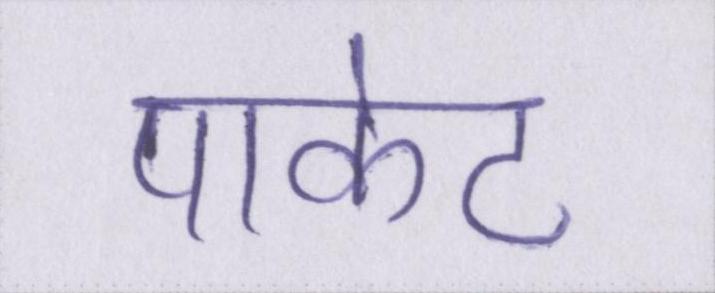
पाकेट